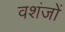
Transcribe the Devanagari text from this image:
वशंजों